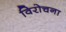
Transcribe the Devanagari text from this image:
विरोचना